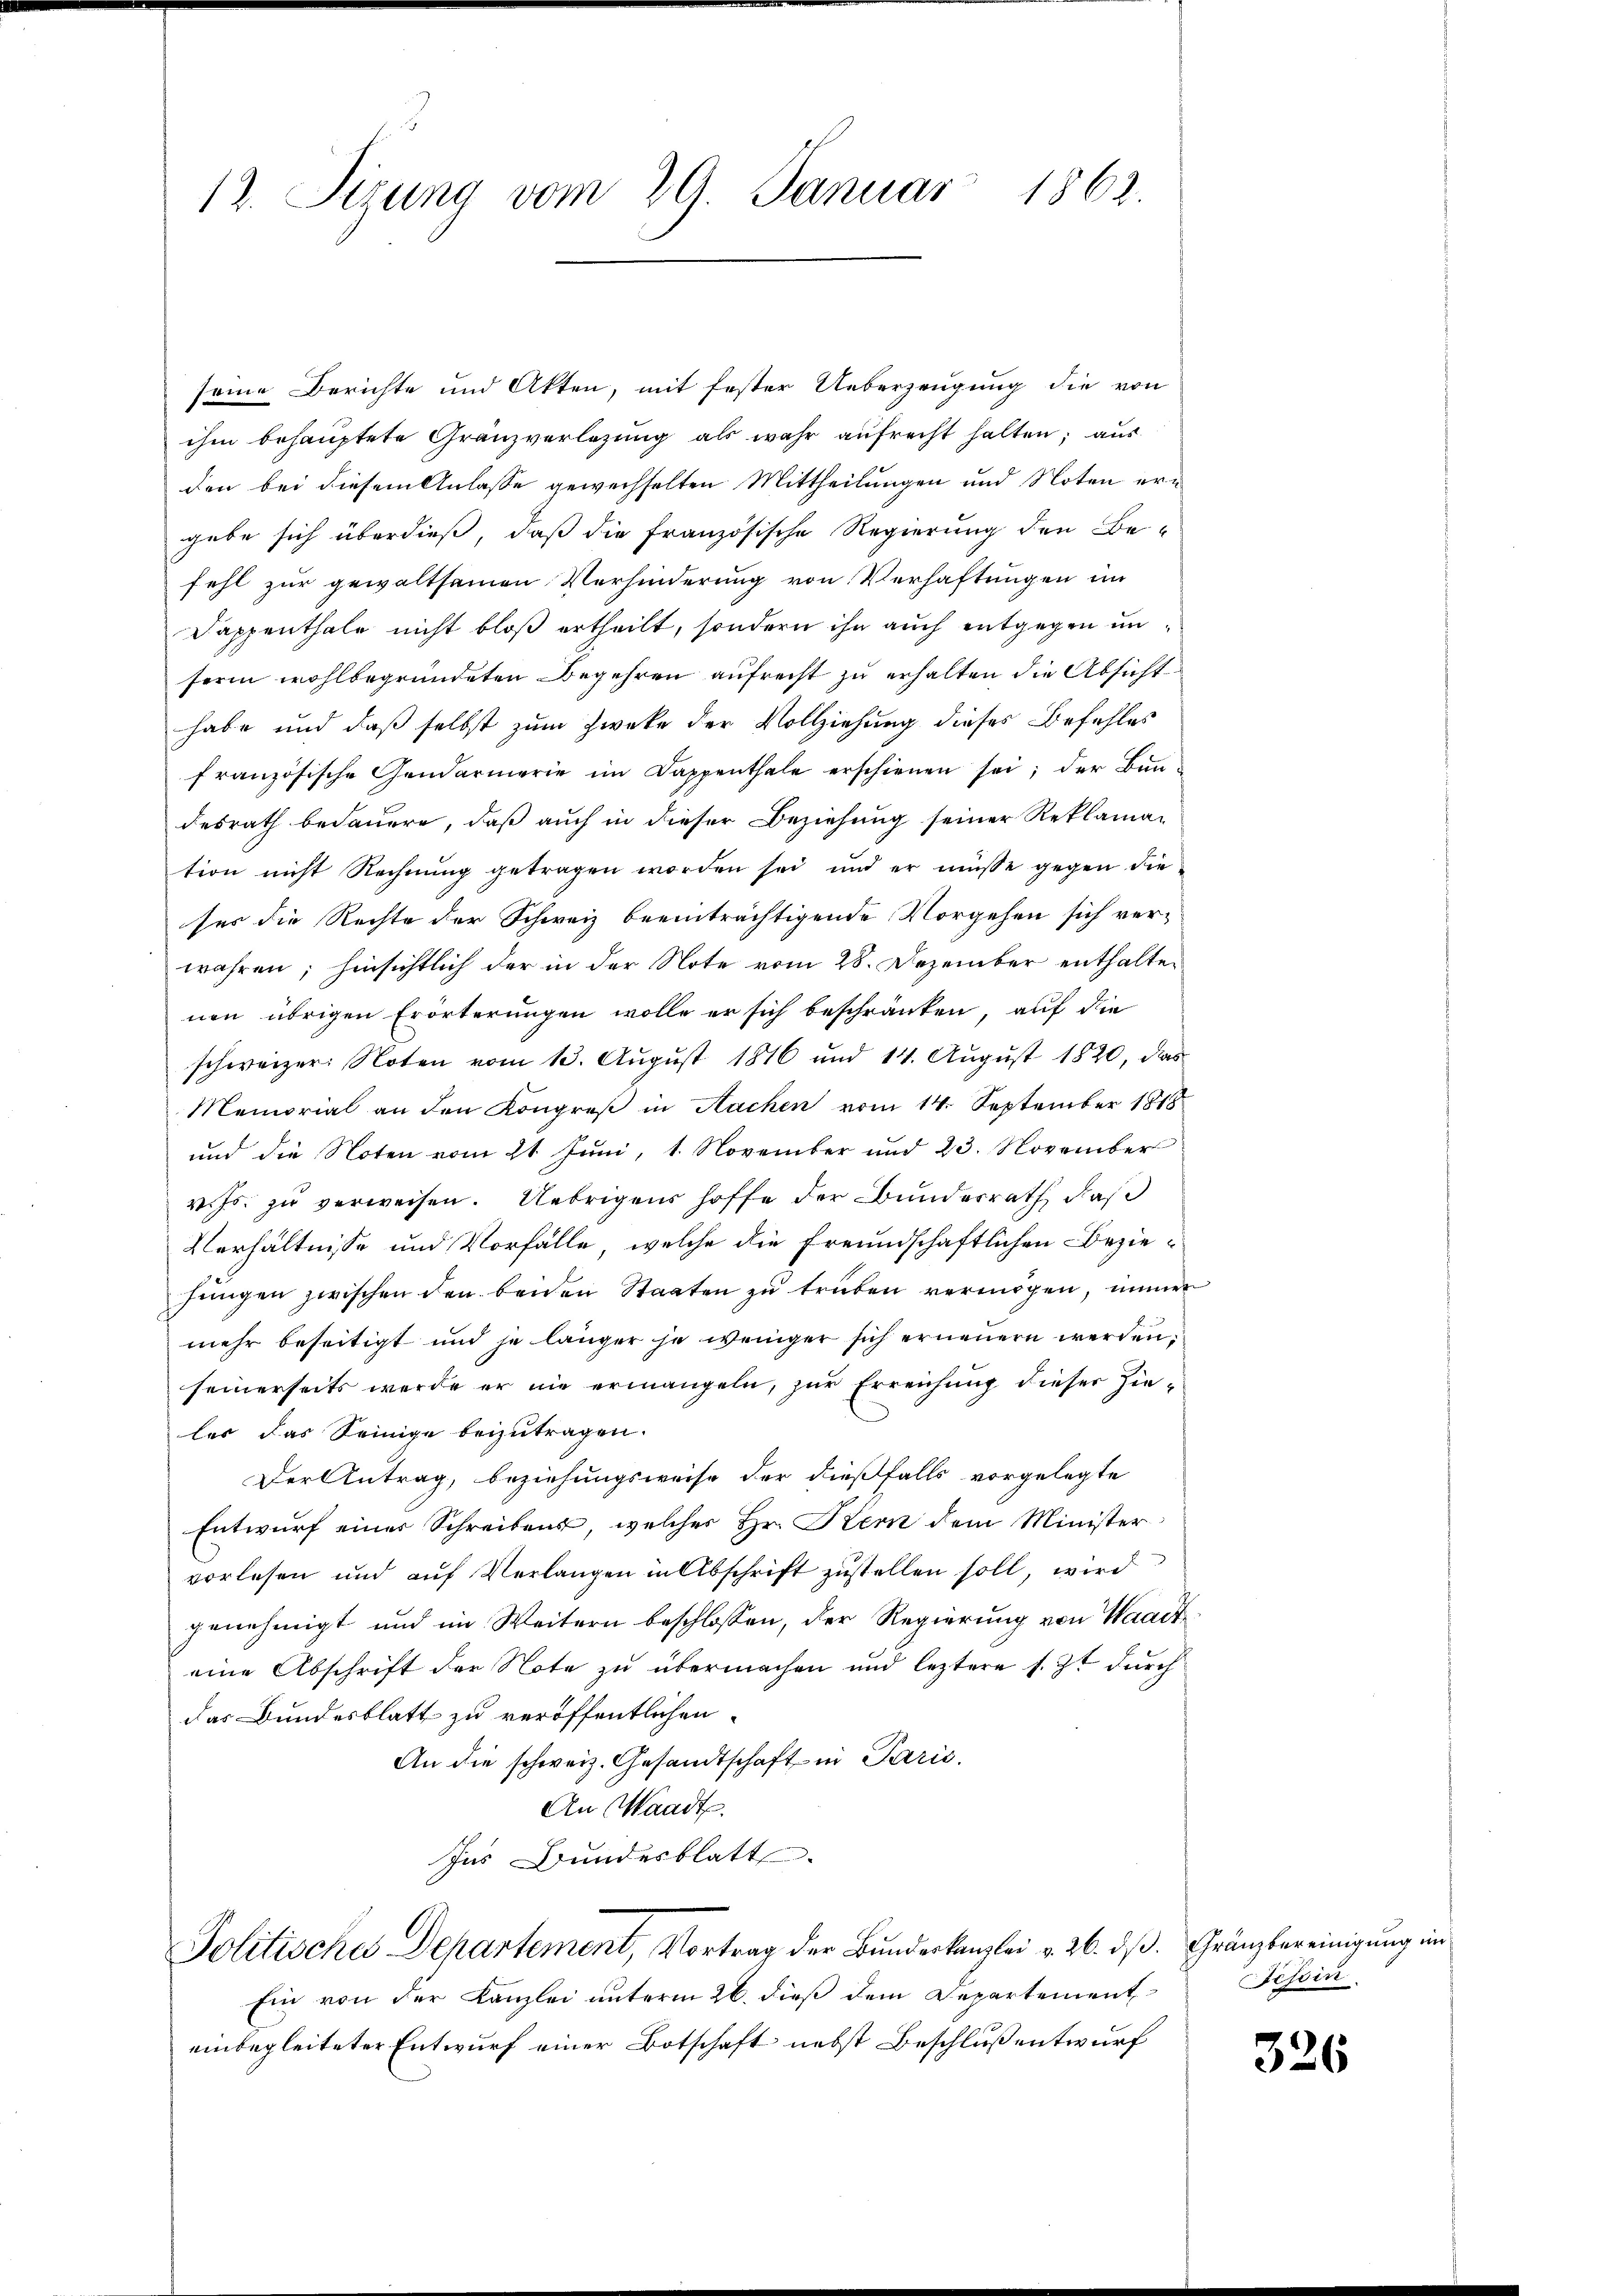
12. Sirung vom 29. Januar 1862.

seine Berichte und Akten, mit fester Ueberzeugung die von
ihm behauptete Gränzverlegung als wahr aufrecht halten; aus
den bei diesem Anlasse gewechselten Mittheilungen und Noten ergebe sich überdieß, daß die französische Regierung den Be-
fehl zur gewaltsamen Verhinderung von Verhaftungen im
Dappenthale nicht bloß ertheilt, sondern ihn auch entgegen unserin wohlbegründeten Begehren aufrecht zu erhalten die Absicht
habe und daß selbst zum Zwecke der Vollziehung dieses Befehles
französische Gendarmerie im Dappenthale erschienen sei; der Bundesrath bedauern, daß auch in dieser Beziehung seiner Reklama-
tion nicht Rechnŭng getragen worden sei und er müsse gegen die
ses die Rechte der Schweiz beeinträchtigende Vorgehen sich verwahren; hinsichtlich der in der Note vom 28. Dezember enthalten
nen übrigen Erörterungen wolle er sich beschränken, auf die
schweizer Noten vom 13. Aŭgŭst 1816 und 14. Aŭgŭst 1820, das
Memorial an den Kongreß in Nachen vom 14. September 1818
und die Noten vom 21. Juni, 1. November und 23. November
v. Js. zu verweisen. Uebrigens hoffe der Bundesrath, daß
Verhältnisse und Vorfälle, welche die freundschaftlichen Beziehungen zwischen den beiden Staaten zu trüben vermögen, immer
mehr beseitigt und je länger je weniger sich erneuern werden,
seinerseits werde er nie ermangeln, zur Erreichung dieser hieles das Seinige beizutragen.
Der Antrag, beziehungsweise der dießfalls vorgelegte
Entwurf einer Schreibens, welches Hr. Kern dem Minister
vorlesen und auf Verlangen in Abschrift zustellen soll, wird
genehmigt und im Weitern beschlossen, der Regierung von Waadteine Abschrift der Note zu übermachen und leztere s. Zt. durch
das Bundesblatt zu veröffentlichen
An die schweiz. Gesandtschaft in Parić.
An Waadt.
Ins Bundesblatt.
Politische Departement, Vortrag der Bundeskanzlei v. 26. dß. Gränzbereinigung ein
Ein von der Kanzlei unterm 26. dieß dem Departement
einbegleiteter Entwurf einer Botschaft nebst Beschluß entwurf

Besein.

326